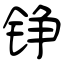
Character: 铮